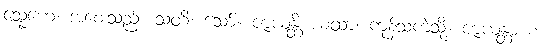
သ္နေဟေ၊ အစေးသည်။ သတိ၊ သော်။ ဇာယန္တိ ယထာ၊ ကုန်သကဲ့သို့။ ဇာယန္တာ စ၊